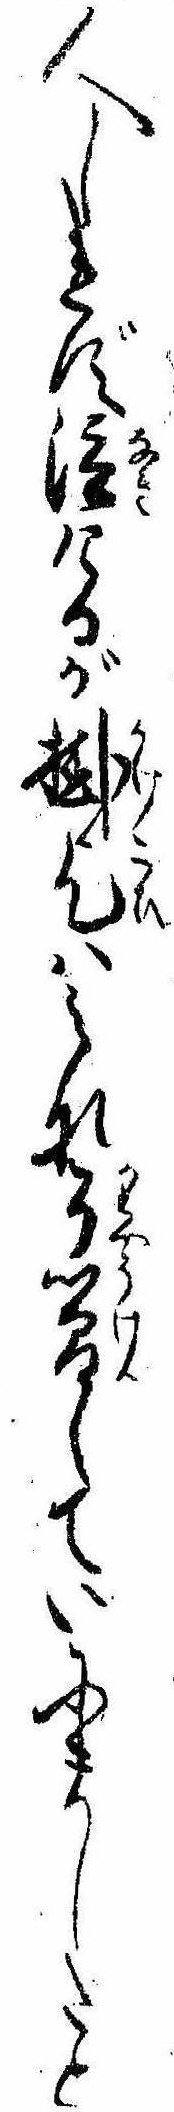
人しれず泣けるが掛乞はみな了簡していにましたと